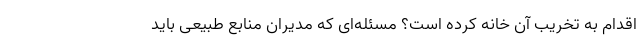
اقدام به تخریب آن خانه کرده است؟ مسئله‌ای که مدیران منابع طبیعی باید